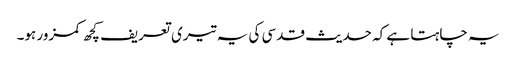
یہ چاہتا ہے کہ حدیث قدسی کی یہ تیری تعریف کچھ کمزور ہو۔